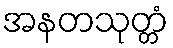
အနတသုတ္တံ